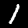
Label: 1